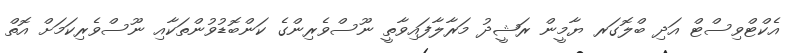
އެކްޓްވިސްޓް އަދި ބްލޮގަރ ޔާމީން ރަޝީދު މަރާލާފައިވާތީ ނޫސްވެރިންގެ ކަންބޮޑުވުންތަކާއި ނޫސްވެރިކަމަށް އޮތް